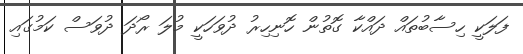
ފަލަކީ ހިސާބުތައް ދައްކާ ގޮތުން ހޮނިހިރު ދުވަހަކީ މުލަ ރޯދަ ދުވަސް ކަމުގައި